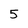
Character: 5